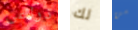
ذراعى لك من